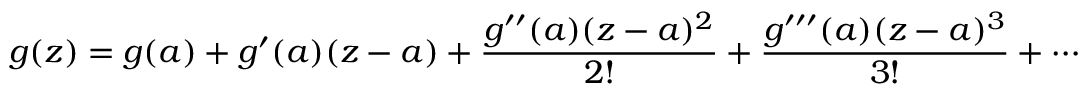
g ( z ) = g ( a ) + g ^ { \prime } ( a ) ( z - a ) + { \frac { g ^ { \prime \prime } ( a ) ( z - a ) ^ { 2 } } { 2 ! } } + { \frac { g ^ { \prime \prime \prime } ( a ) ( z - a ) ^ { 3 } } { 3 ! } } + \cdots